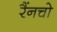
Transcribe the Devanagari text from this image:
रैंनचो